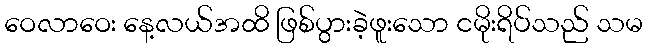
ဝေလာဝေး နေ့လယ်အထိ ဖြစ်ပွားခဲ့ဖူးသော ငမိုးရိပ်သည် သမ